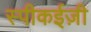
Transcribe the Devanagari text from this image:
स्पीकईज़ी